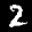
Label: 2